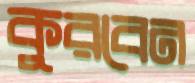
কুরবেন